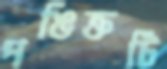
পঙিক্তটি